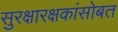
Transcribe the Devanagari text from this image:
सुरक्षारक्षकांसोबत